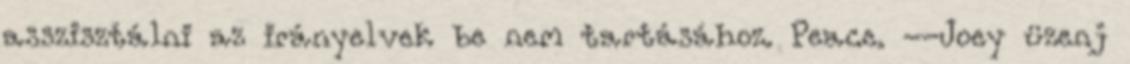
asszisztálni az irányelvek be nem tartásához. Peace. --Joey üzenj